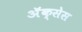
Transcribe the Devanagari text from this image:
अॅक्सेस